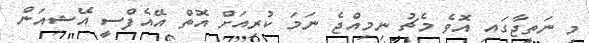
މި ނަތީޖާގައި އޮވެ މެޗު ނިމިއްޖެ ނަމަ ކުރިއަށް އޮތް އޭއެފްސީ އޭޝިއަން